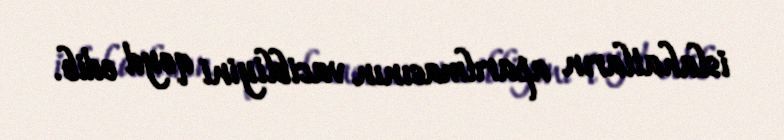
islahatların aparılmasının vacibliyini qeyd edib.